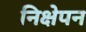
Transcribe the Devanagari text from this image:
निक्षेपन